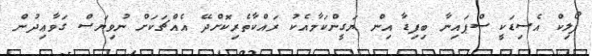
ފޯލިކް އެސިޑަކީ ސްޕައިނާ ބިފިޑާ އިން ޔަގީންކަމާއެކު ރައްކާތެރިކޮށްދޭ އެއްޗަކަށް ނުވިޔަސް ގަވާޢިދުން